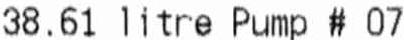
38.61 LITRE PUMP # 07